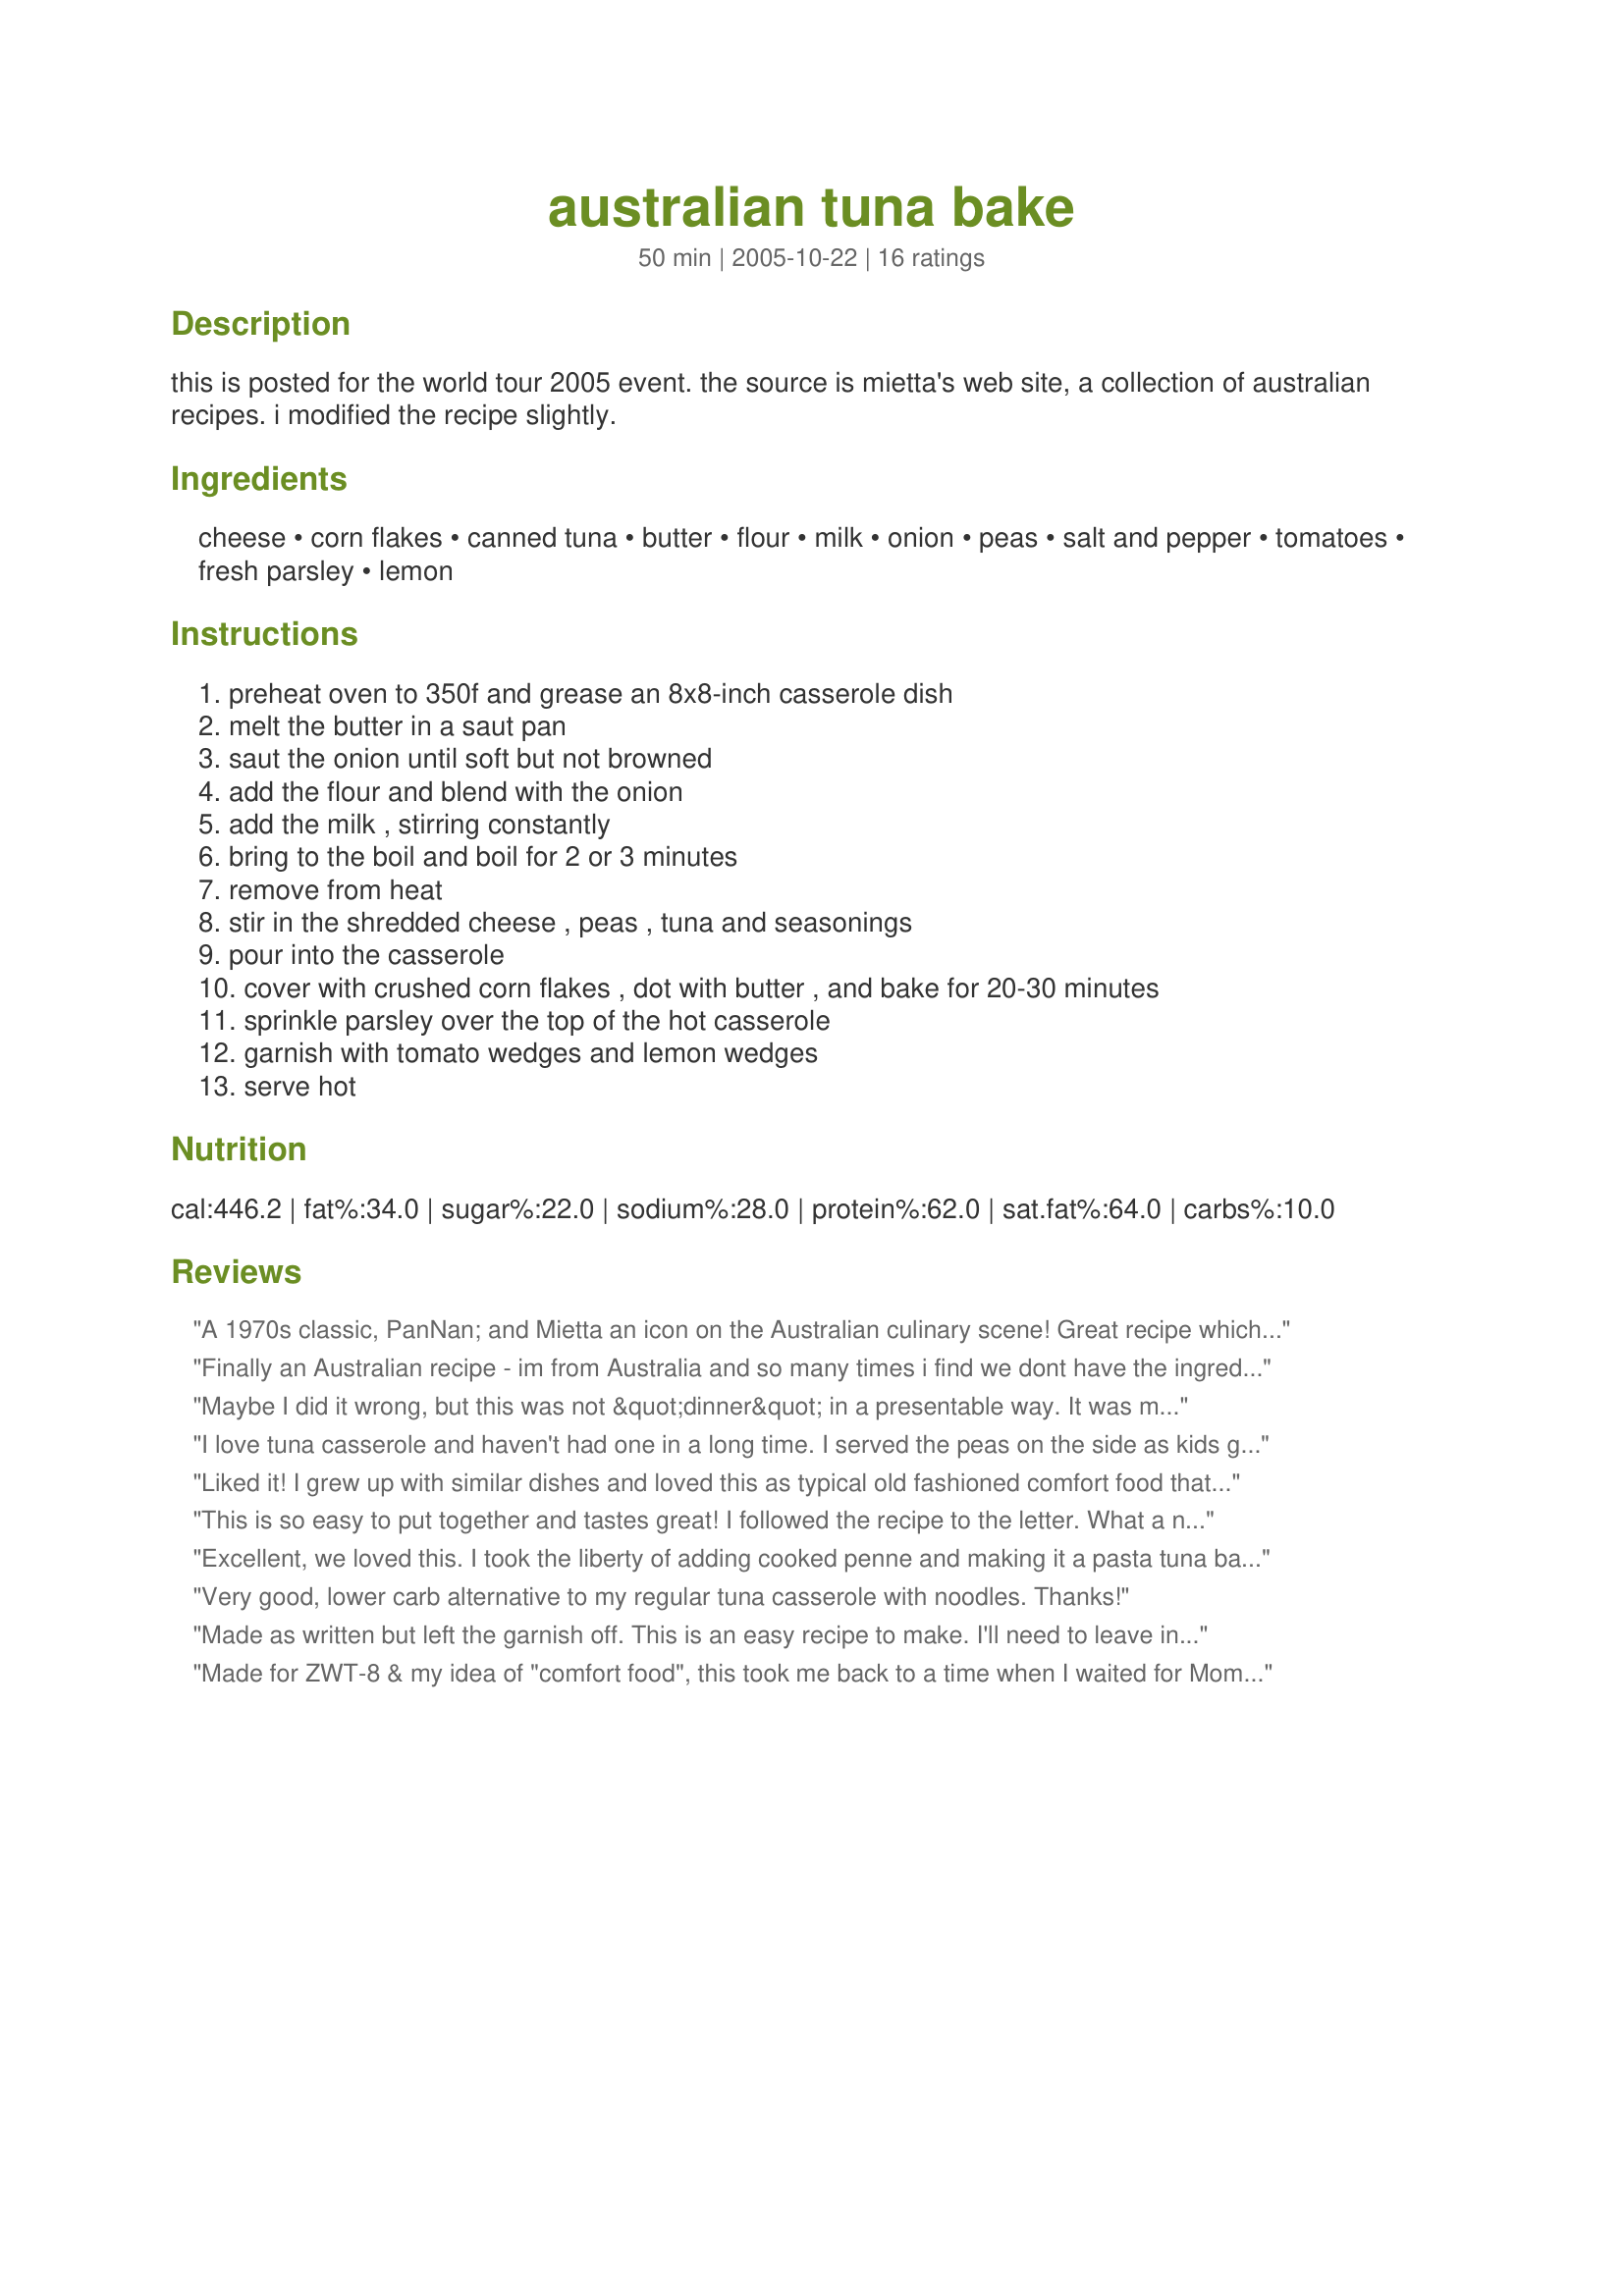
australian tuna bake
Preparation time: 50 minutes

this is posted for the world tour 2005 event. the source is mietta's web site, a collection of australian recipes. i modified the recipe slightly.

Ingredients:
cheese, corn flakes, canned tuna, butter, flour, milk, onion, peas, salt and pepper, tomatoes, fresh parsley, lemon

Steps:
preheat oven to 350f and grease an 8x8-inch casserole dish, melt the butter in a saut pan, saut the onion until soft but not browned, add the flour and blend with the onion, add the milk , stirring constantly, bring to the boil and boil for 2 or 3 minutes, remove from heat, stir in the shredded cheese , peas , tuna and seasonings, pour into the casserole, cover with crushed corn flakes , dot with butter , and bake for 20-30 minutes, sprinkle parsley over the top of the hot casserole, garnish with tomato wedges and lemon wedges, serve hot

Reviews:
A 1970s classic, PanNan; and Mietta an icon on the Australian culinary scene! Great recipe which leaves plenty of scope for individual variations. I added some garlic and 1 red capsicum cut into strips with the onions and, and I thought I was subbing wheat germ for the cornflakes, so I mixed that in, then realized that it was to go on top, so I sprinkled some crushed Special K on top. Thank you for sharing this one! Made for the 2005 Zaar World Tour.
Finally an Australian recipe - im from Australia and so many times i find we dont have the ingredients for the recipes on this site! This was FANTASTIC, i added a tablespoon of chicken stock to the mixture and i also cut the tomato into slices and put it on top of the bake before put it in the oven. The cooked tomato on the top added a great flavour. Other than that i followed the recipe exactly and it turned out great. Everyone loved it and asked for the recipe!! Thanks for posting.
Maybe I did it wrong, but this was not &quot;dinner&quot; in a presentable way. It was more like Hot Tuna Dip. I had to make some pasta quickly to serve the substance with, in order to make a meal. I still give it 3 stars though, since the flavor was nice and it was easy to put together.
I love tuna casserole and haven't had one in a long time. I served the peas on the side as kids got that look in their eyes. I also used bread crumbs as I did not have any corn flakes. This was perfect comfort food.
Liked it! I grew up with similar dishes and loved this as typical old fashioned comfort food thatâ€˜s a nice to have once in a whileâ€¦ DH didnâ€™t grow up on this kind of thing and didnâ€™t like it much at all. I would have given it a 4 and he would have given it a 2 so we will settle our differences in the middle and give this a 3 star rating. This was easy to make and I used crushed Bran Flakes, hence the browner topping in the photo. I would definitely make this for myself, as a quick and easy no-brainer kind of meal that hits the spot when you are hungry but are feeling a little kitchen lazy LOL. DH doesnâ€™t know what heâ€™s missing out on. Please see my rating system, 3 stars, but a recipe that I will repeat gladly in the future, Thanks!
This is so easy to put together and tastes great! I followed the recipe to the letter. What a nice Australian dish! Thanks for postiing. Made for ZWT5 - Epicurean Queens!
Excellent, we loved this. I took the liberty of adding cooked penne and making it a pasta tuna bake, I hope you dont mind, it was really good. I also sprinkled hot sauce on my serving, although no one else did, maybe I just like hot sauce. Served with plain green beans which was a nice complement. And used breadcrumbs to top since I had them. Much enjoyed, for Susies World Tour
Very good, lower carb alternative to my regular tuna casserole with noodles. Thanks!
Made as written but left the garnish off. This is an easy recipe to make. I'll need to leave in it the 30 minutes next time I make or until I see signs of bubbling. I made this for Zaar World Tour 8 for the Bistro Babes team.
Made for ZWT-8 & my idea of "comfort food", this took me back to a time when I waited for Mom's Tuna Bake on Fri nite & ate cold leftovers (if there were any) for breakfast on Sat! This recipe was exactly what I wanted it to be - a tasty memory that's ingredient-friendly, budget-friendly & an easy quick-fix. Comfort food memories often induce pers pref chgs & I followed other reviewers in that regard. I wanted pasta in the dish & added rice. I wanted the "zing" I didn't appreciate as a child & opt for now, so I added some sturdy shakes of Tabasco. I used lightly-moistened w/olive oil breadcrumbs for the topping vs the corn flakes. Thx for sharing this "comfort food" memory w/us. :-)
Very Good tuna casserole. I used breadcrumbs instead of cornflakes, cos that it what I have on hand. And I used a mix of red and white shredded cheddar cheese, just to change it up a bit. Good recipe. Thanks!
I stunbled across this when I brought a huge box of cornflakes for a recipe that I had found that did not turn out so well. My family all loved this, at first I thought it was a little bland, but then I squeezed some lemon juice over it and I was proven wrong. It has been requested again. I used a mixture of corn and peas and used gf flour. Very quick and simple recipe. Thanks for posting. Miss Pixie x x x :D
This was thoroughly enjoyed by 3 (left overs for lunch). I used canned pink salmon instead of tuna and breadcrumbs instead of cornflakes (would usually use spring onion instead of onion but DH wasn't here) and I warmed the milk in the microwave and used a whisk when I put the milk in the pot. The main thing that I did different was I cooked up some penne pasta, put that in the casserole dish, poured half the salmon mixture over and mixed through the pasta and then poured the other half over the pasta mixture, covered with breadcrumbs and parsley and baked in oven. I was going to use half peas and half corn kernels but discovered I didn't have any corn kernels. A keeper thank you PanNan.
Made for ZWT5 ... the Groovy GastroGnomes!!

Step-by-Step Photos and detailed comments can be found at http://www.recipezaar.com/bb/viewtopic.zsp?p=4534407#4534407

Easy, fast cooking, readily available (and usually in your pantry) ingredients ... and the kind of comfort food everyone enjoys. Hard to go wrong with this recipe, when you're short of time, or just feeling like you need a gastronomic hug ...

So I debated between 4 and 5 stars -- why not 5? Because ultimately, the flavor is quite bland ... maybe that's what you want from a Tuna Bake ... but when I think Australia these days, I think sharp flavors -- seared tuna with ginger and soy, that Asian influence ... this recipe doesn't go in that direction.

It's easy to add that kick -- some red pepper flakes, or coconut milk instead of cow's milk, with a hint of curry. If you're cooking for adults, you might do that ... for kids, you might not ... but that's a different recipe and a different mindset.

As the tuna bake that reminds me of when I was a child ... this is a 5. as the tuna bake I might go for today ... it's a 4 ... and you'll have to decide what it is for you.
Yummy! This is a perfect meal from your cupboard, I'll keep it in mind. I was planning to eat leftovers today, but there were none...
A delicious hot dish-my kids loved it! I used 2 cups peas and 2 cups cheese, and served over toni gifford's rivilcha noodles #140570. Thanks!
